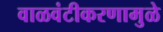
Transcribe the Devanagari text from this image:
वाळवंटीकरणामुळे